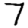
Digit: 7